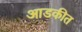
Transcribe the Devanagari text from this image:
आडकीत